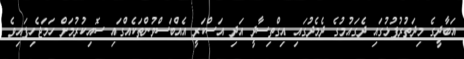
އަބާދީގެ މިދަތުރުފުޅުގައި ދެގައުމުގެ ދެމެދުގައި އިގްތިސާދީ އަދި އަސްކަރީ އެއްބަސްވުންތަކެއްގައި ސޮއިކުރުމަށް ހަމަޖެހިފައިވެ